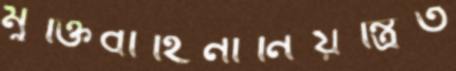
মুক্তিবাহিনীনিয়ন্ত্রিত